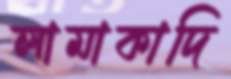
লামাকাদি